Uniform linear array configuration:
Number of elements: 48
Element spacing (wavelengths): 1
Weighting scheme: uniform
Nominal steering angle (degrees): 60
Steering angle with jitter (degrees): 58.39
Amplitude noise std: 0.05
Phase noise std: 0.05

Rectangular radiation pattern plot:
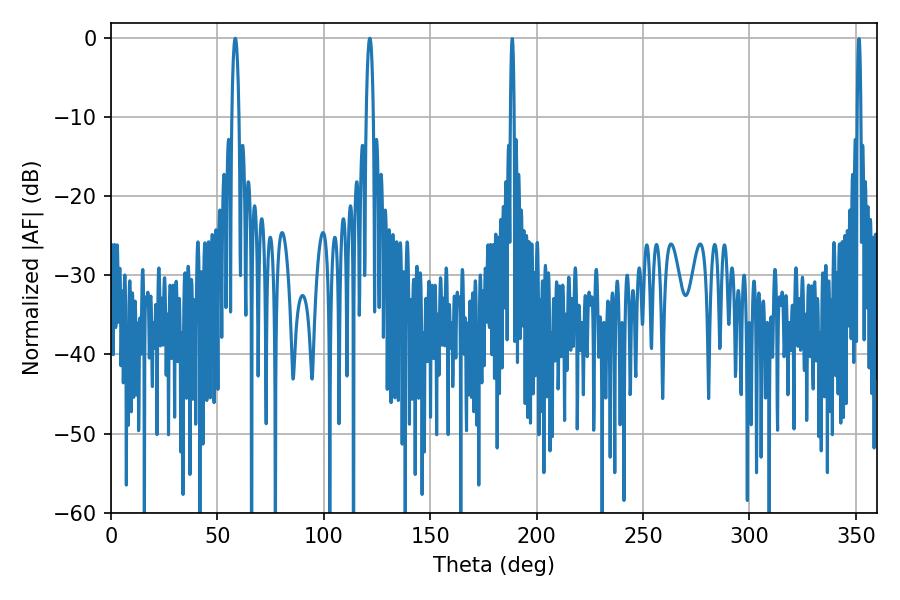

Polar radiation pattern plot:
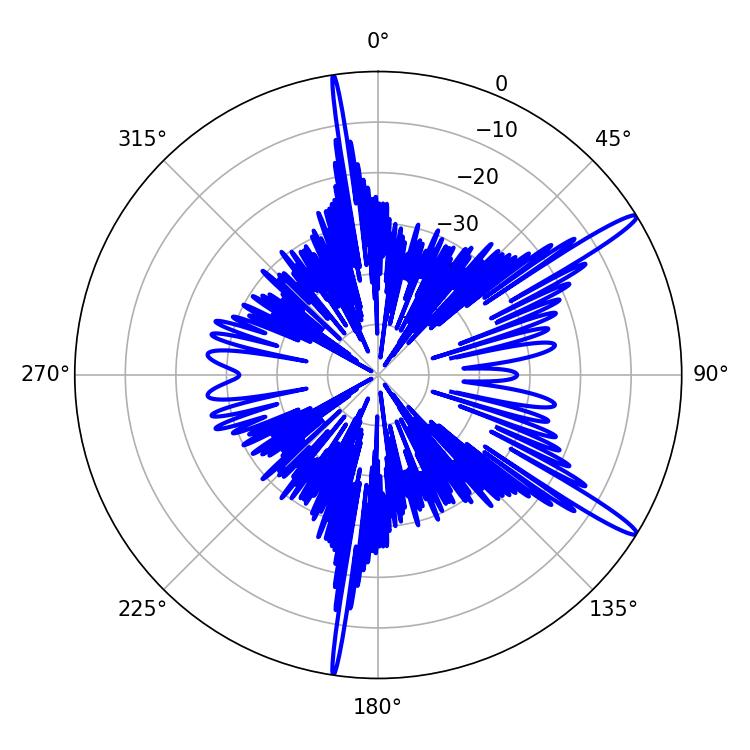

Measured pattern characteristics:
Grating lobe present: TRUE
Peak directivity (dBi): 15.195
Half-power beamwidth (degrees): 1.98
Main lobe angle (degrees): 58.32